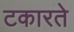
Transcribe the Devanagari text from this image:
टकारते